画像に写った文字を読んでください
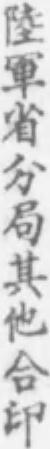
「陸軍省分局其他合印」と書いてあります